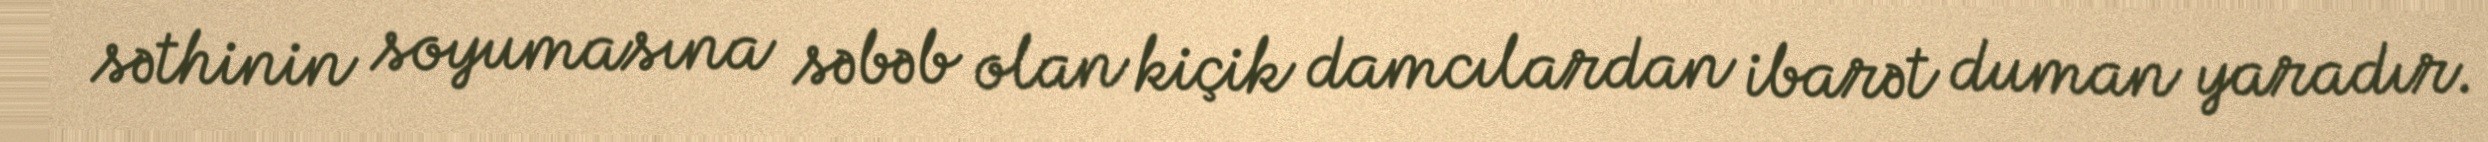
səthinin soyumasına səbəb olan kiçik damcılardan ibarət duman yaradır.